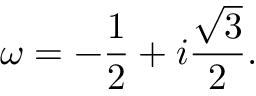
\omega = - { \frac { 1 } { 2 } } + i { \frac { \sqrt { 3 } } { 2 } } .